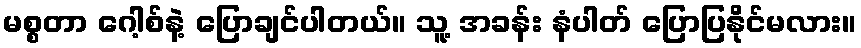
မစ္စတာ ဂေါ့စ်နဲ့ ပြောချင်ပါတယ်။ သူ့ အခန်း နံပါတ် ပြောပြနိုင်မလား။